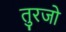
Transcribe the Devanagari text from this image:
तुरजो